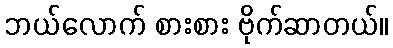
ဘယ်လောက် စားစား ဗိုက်ဆာတယ်။